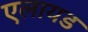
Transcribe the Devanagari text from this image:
एलायड